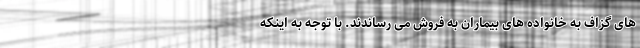
های گزاف به خانواده های بیماران به فروش می رساندند. با توجه به اینکه